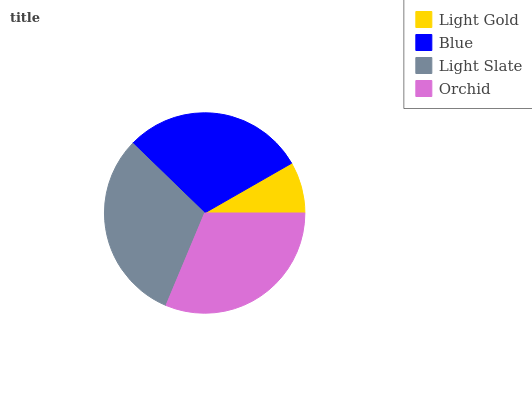
| Light Gold | Blue | Light Slate | Orchid |
 | --- | --- | --- | --- |
 | 8.28% | 29.5% | 30.9% | 31.4% |